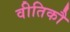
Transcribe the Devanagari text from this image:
वीतिकौ